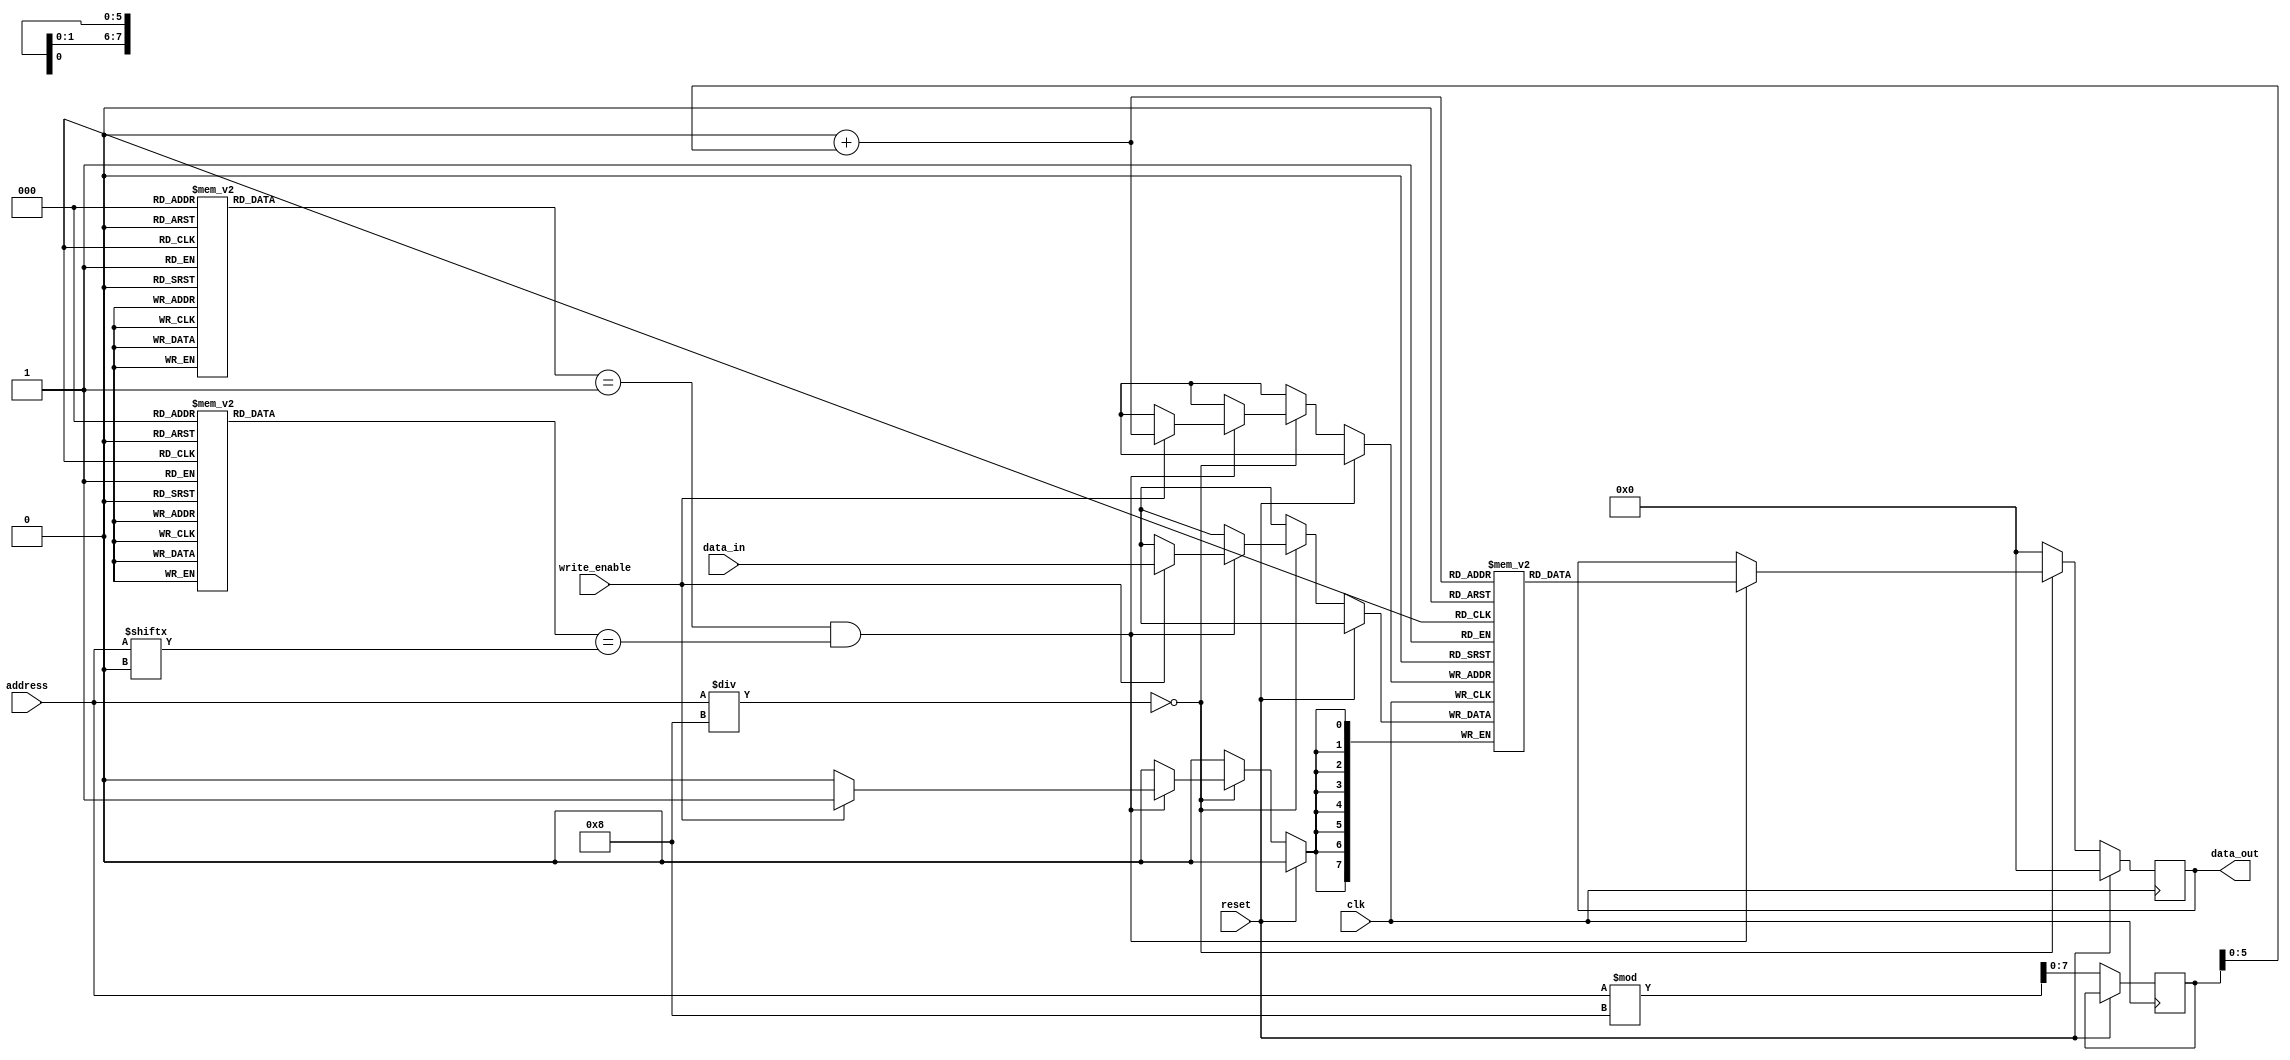
module cache_memory(
    input wire clk,
    input wire reset,
    input wire write_enable,
    input wire [7:0] address,
    input wire [7:0] data_in,
    output reg [7:0] data_out
);

// Parameters for cache memory
parameter CACHE_SIZE = 64; // Size of cache memory
parameter LINE_SIZE = 8; // Size of each cache line
parameter NUM_LINES = CACHE_SIZE / LINE_SIZE; // Number of cache lines

// Internal registers for cache memory
reg [7:0] cache_memory [NUM_LINES-1:0][LINE_SIZE-1:0]; // Cache memory data storage
reg [7:0] tag [NUM_LINES-1:0]; // Tag for each cache line
reg [1:0] valid [NUM_LINES-1:0]; // Valid bit for each cache line

// Control signals
reg [7:0] word_address;
reg [7:0] word_data;

// Cache operation
always @(posedge clk) begin
    if (reset) begin
        data_out <= 8'b0;
    end else begin
        word_address <= address % LINE_SIZE;
        case (address / LINE_SIZE)
            0: begin
                if (valid[0] == 1 && tag[0] == address[LINES..8]) begin
                    if (write_enable) begin
                        cache_memory[0][word_address] <= data_in;
                    end
                    data_out <= cache_memory[0][word_address];
                end else begin
                    // Fetch from main memory and update cache
                end
            end
            // Add cases for other cache lines
            default: begin
                data_out <= 8'b0;
            end
        endcase
    end
end

endmodule